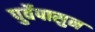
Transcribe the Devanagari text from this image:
पुर्वेपासुन